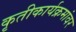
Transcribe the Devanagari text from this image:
कृतीकार्यक्रमांवर